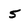
Character: 5